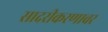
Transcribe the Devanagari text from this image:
सादरीकरणावर